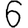
Digit: 6